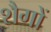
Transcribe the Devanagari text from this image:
शैगों